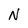
Character: N